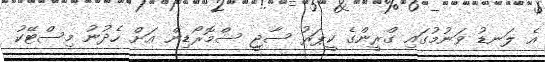
އެ ލަނޑު ވަނުމުގައި ގްރީންގެ ކީޕަރު ސާޖީ ސްމޮރޯޑިން އަށް ހެދުނު މިސްޓޭކު